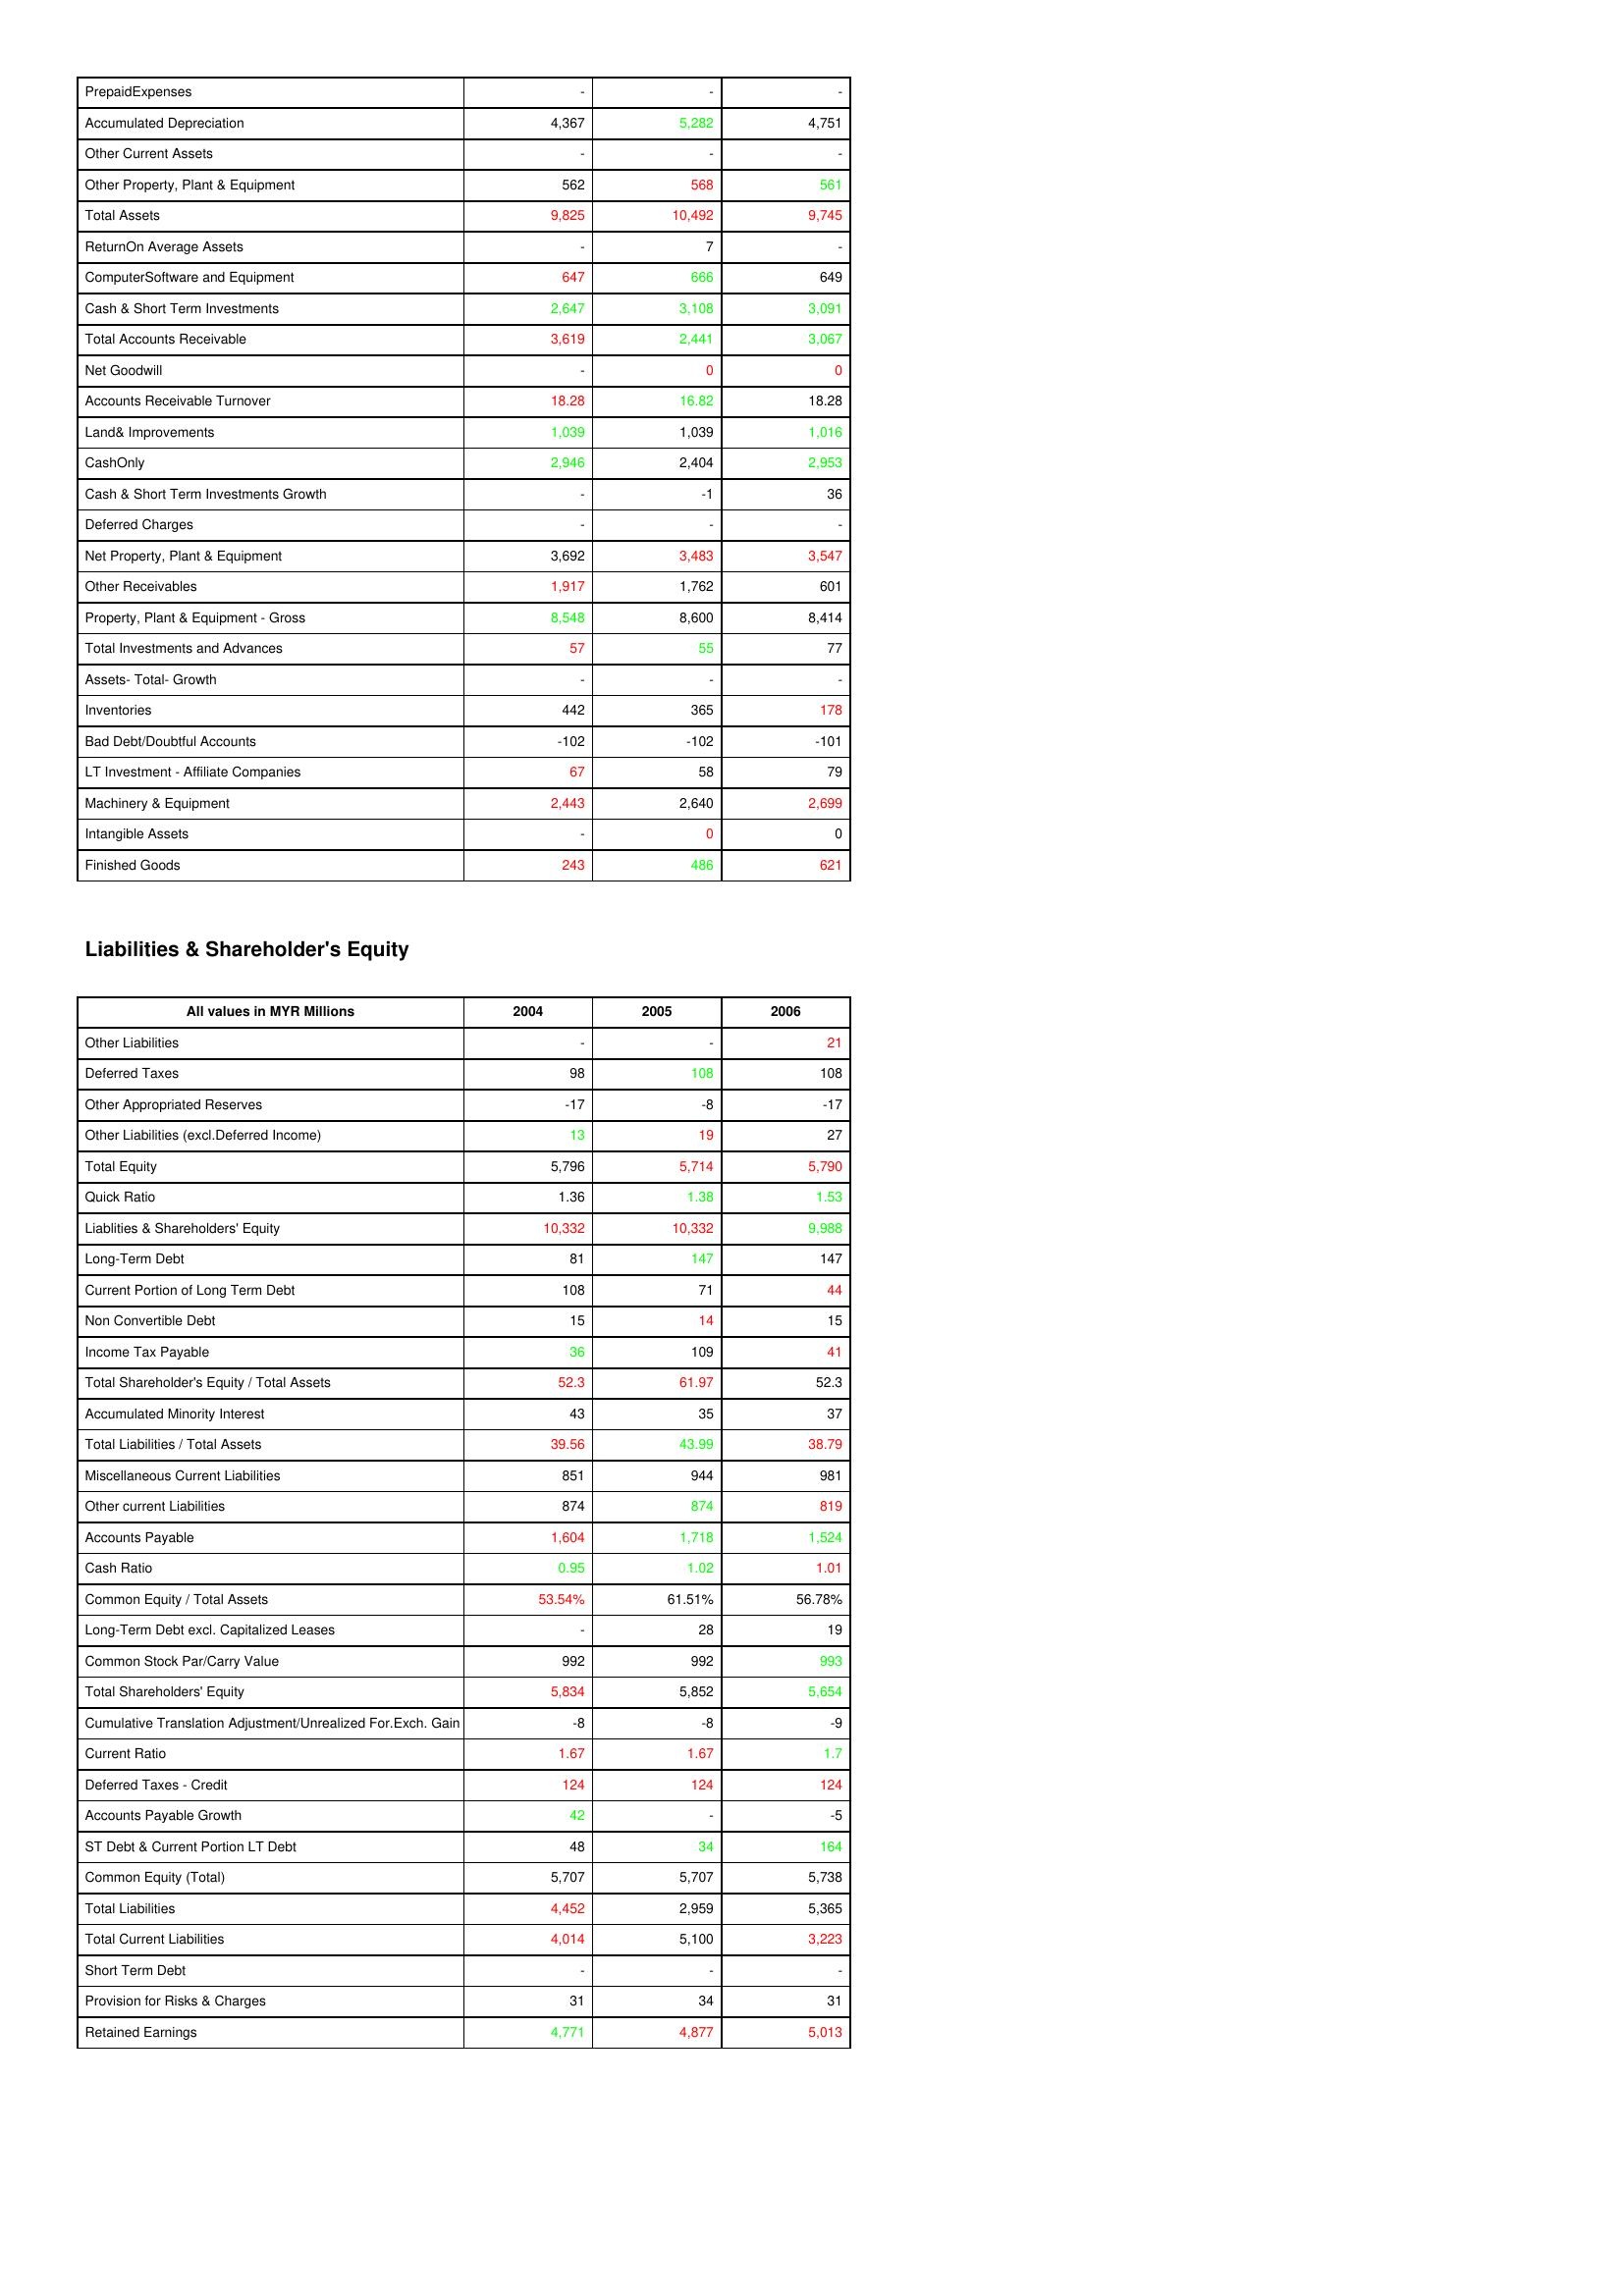
gt_parse: 2004: Assets: PrepaidExpenses: -
Accumulated Depreciation: 4,367
Other Current Assets: -
Other Property, Plant & Equipment: 562
Total Assets: 9,825
ReturnOn Average Assets: -
ComputerSoftware and Equipment: 647
Cash & Short Term Investments: 2,647
Total Accounts Receivable: 3,619
Net Goodwill: -
Accounts Receivable Turnover: 18.28
Land& Improvements: 1,039
CashOnly: 2,946
Cash & Short Term Investments Growth: -
Deferred Charges: -
Net Property, Plant & Equipment: 3,692
Other Receivables: 1,917
Property, Plant & Equipment - Gross : 8,548
Total Investments and Advances: 57
Assets- Total- Growth: -
Inventories: 442
Bad Debt/Doubtful Accounts: -102
LT Investment - Affiliate Companies: 67
Machinery & Equipment: 2,443
Intangible Assets: -
Finished Goods: 243
Liabilities & Shareholder's Equity: Other Liabilities: -
Deferred Taxes: 98
Other Appropriated Reserves: -17
Other Liabilities (excl.Deferred Income): 13
Total Equity: 5,796
Quick Ratio: 1.36
Liablities & Shareholders' Equity: 10,332
Long-Term Debt: 81
Current Portion of Long Term Debt: 108
Non Convertible Debt: 15
Income Tax Payable: 36
Total Shareholder's Equity / Total Assets: 52.3
Accumulated Minority Interest: 43
Total Liabilities / Total Assets: 39.56
Miscellaneous Current Liabilities: 851
Other current Liabilities: 874
Accounts Payable: 1,604
Cash Ratio: 0.95
Common Equity / Total Assets: 53.54%
Long-Term Debt excl. Capitalized Leases: -
Common Stock Par/Carry Value: 992
Total Shareholders' Equity: 5,834
Cumulative Translation Adjustment/Unrealized For.Exch. Gain: -8
Current Ratio: 1.67
Deferred Taxes - Credit: 124
Accounts Payable Growth: 42
ST Debt & Current Portion LT Debt: 48
Common Equity (Total): 5,707
Total Liabilities: 4,452
Total Current Liabilities: 4,014
Short Term Debt: -
Provision for Risks & Charges: 31
Retained Earnings: 4,771
2005: Assets: PrepaidExpenses: -
Accumulated Depreciation: 5,282
Other Current Assets: -
Other Property, Plant & Equipment: 568
Total Assets: 10,492
ReturnOn Average Assets: 7
ComputerSoftware and Equipment: 666
Cash & Short Term Investments: 3,108
Total Accounts Receivable: 2,441
Net Goodwill: 0
Accounts Receivable Turnover: 16.82
Land& Improvements: 1,039
CashOnly: 2,404
Cash & Short Term Investments Growth: -1
Deferred Charges: -
Net Property, Plant & Equipment: 3,483
Other Receivables: 1,762
Property, Plant & Equipment - Gross : 8,600
Total Investments and Advances: 55
Assets- Total- Growth: -
Inventories: 365
Bad Debt/Doubtful Accounts: -102
LT Investment - Affiliate Companies: 58
Machinery & Equipment: 2,640
Intangible Assets: 0
Finished Goods: 486
Liabilities & Shareholder's Equity: Other Liabilities: -
Deferred Taxes: 108
Other Appropriated Reserves: -8
Other Liabilities (excl.Deferred Income): 19
Total Equity: 5,714
Quick Ratio: 1.38
Liablities & Shareholders' Equity: 10,332
Long-Term Debt: 147
Current Portion of Long Term Debt: 71
Non Convertible Debt: 14
Income Tax Payable: 109
Total Shareholder's Equity / Total Assets: 61.97
Accumulated Minority Interest: 35
Total Liabilities / Total Assets: 43.99
Miscellaneous Current Liabilities: 944
Other current Liabilities: 874
Accounts Payable: 1,718
Cash Ratio: 1.02
Common Equity / Total Assets: 61.51%
Long-Term Debt excl. Capitalized Leases: 28
Common Stock Par/Carry Value: 992
Total Shareholders' Equity: 5,852
Cumulative Translation Adjustment/Unrealized For.Exch. Gain: -8
Current Ratio: 1.67
Deferred Taxes - Credit: 124
Accounts Payable Growth: -
ST Debt & Current Portion LT Debt: 34
Common Equity (Total): 5,707
Total Liabilities: 2,959
Total Current Liabilities: 5,100
Short Term Debt: -
Provision for Risks & Charges: 34
Retained Earnings: 4,877
2006: Assets: PrepaidExpenses: -
Accumulated Depreciation: 4,751
Other Current Assets: -
Other Property, Plant & Equipment: 561
Total Assets: 9,745
ReturnOn Average Assets: -
ComputerSoftware and Equipment: 649
Cash & Short Term Investments: 3,091
Total Accounts Receivable: 3,067
Net Goodwill: 0
Accounts Receivable Turnover: 18.28
Land& Improvements: 1,016
CashOnly: 2,953
Cash & Short Term Investments Growth: 36
Deferred Charges: -
Net Property, Plant & Equipment: 3,547
Other Receivables: 601
Property, Plant & Equipment - Gross : 8,414
Total Investments and Advances: 77
Assets- Total- Growth: -
Inventories: 178
Bad Debt/Doubtful Accounts: -101
LT Investment - Affiliate Companies: 79
Machinery & Equipment: 2,699
Intangible Assets: 0
Finished Goods: 621
Liabilities & Shareholder's Equity: Other Liabilities: 21
Deferred Taxes: 108
Other Appropriated Reserves: -17
Other Liabilities (excl.Deferred Income): 27
Total Equity: 5,790
Quick Ratio: 1.53
Liablities & Shareholders' Equity: 9,988
Long-Term Debt: 147
Current Portion of Long Term Debt: 44
Non Convertible Debt: 15
Income Tax Payable: 41
Total Shareholder's Equity / Total Assets: 52.3
Accumulated Minority Interest: 37
Total Liabilities / Total Assets: 38.79
Miscellaneous Current Liabilities: 981
Other current Liabilities: 819
Accounts Payable: 1,524
Cash Ratio: 1.01
Common Equity / Total Assets: 56.78%
Long-Term Debt excl. Capitalized Leases: 19
Common Stock Par/Carry Value: 993
Total Shareholders' Equity: 5,654
Cumulative Translation Adjustment/Unrealized For.Exch. Gain: -9
Current Ratio: 1.7
Deferred Taxes - Credit: 124
Accounts Payable Growth: -5
ST Debt & Current Portion LT Debt: 164
Common Equity (Total): 5,738
Total Liabilities: 5,365
Total Current Liabilities: 3,223
Short Term Debt: -
Provision for Risks & Charges: 31
Retained Earnings: 5,013